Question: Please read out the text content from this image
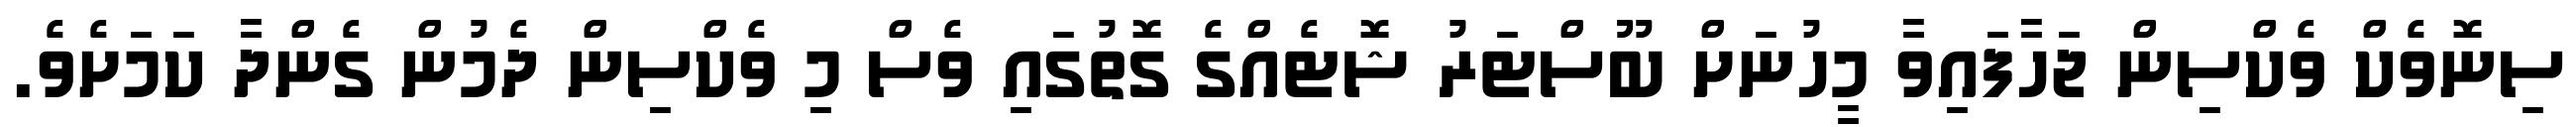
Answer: ސިނޮވެކް ވެކްސިން ޖަހާފައިވާ މީހުނަށް ބޫސްޓަރު ޝޮޓެއްގެ ގޮތުގައި ވެސް މި ވެކްސިން ދެމުން ގެންދާ ކަމަށެވެ.